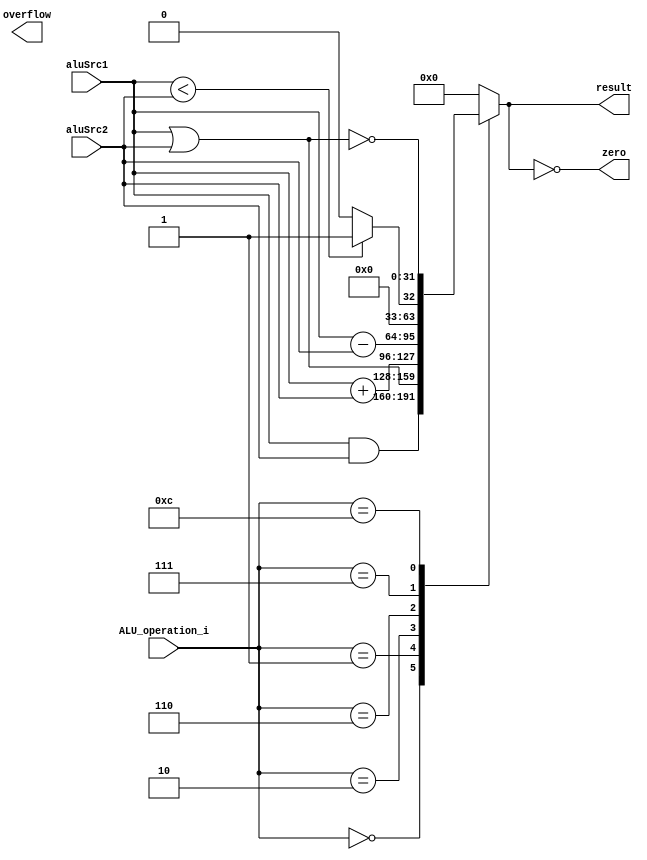
module ALU( aluSrc1, aluSrc2, ALU_operation_i, result, zero, overflow );

//I/O ports 
input signed[32-1:0]  aluSrc1;
input signed[32-1:0]  aluSrc2;
input	 [4-1:0] ALU_operation_i;

output	[32-1:0] result;
output			 zero;
output			 overflow;

//Internal Signals
wire			 zero;
wire			 overflow;
reg	[32-1:0] result;

//Main function
assign zero = (result==0);
always @(ALU_operation_i, aluSrc1, aluSrc2) begin
	case (ALU_operation_i)
		0: result <= aluSrc1 & aluSrc2;
		1: result <= aluSrc1 | aluSrc2;
		2: result <= aluSrc1 + aluSrc2;
		6: result <= aluSrc1 - aluSrc2;
		7: result <= aluSrc1 < aluSrc2 ? 1 : 0;
		12: result <= ~(aluSrc1 | aluSrc2);
		default: result <= 0;
	endcase
end


endmodule